Vabadussoja_Ajaloo_Komitee, lk 26
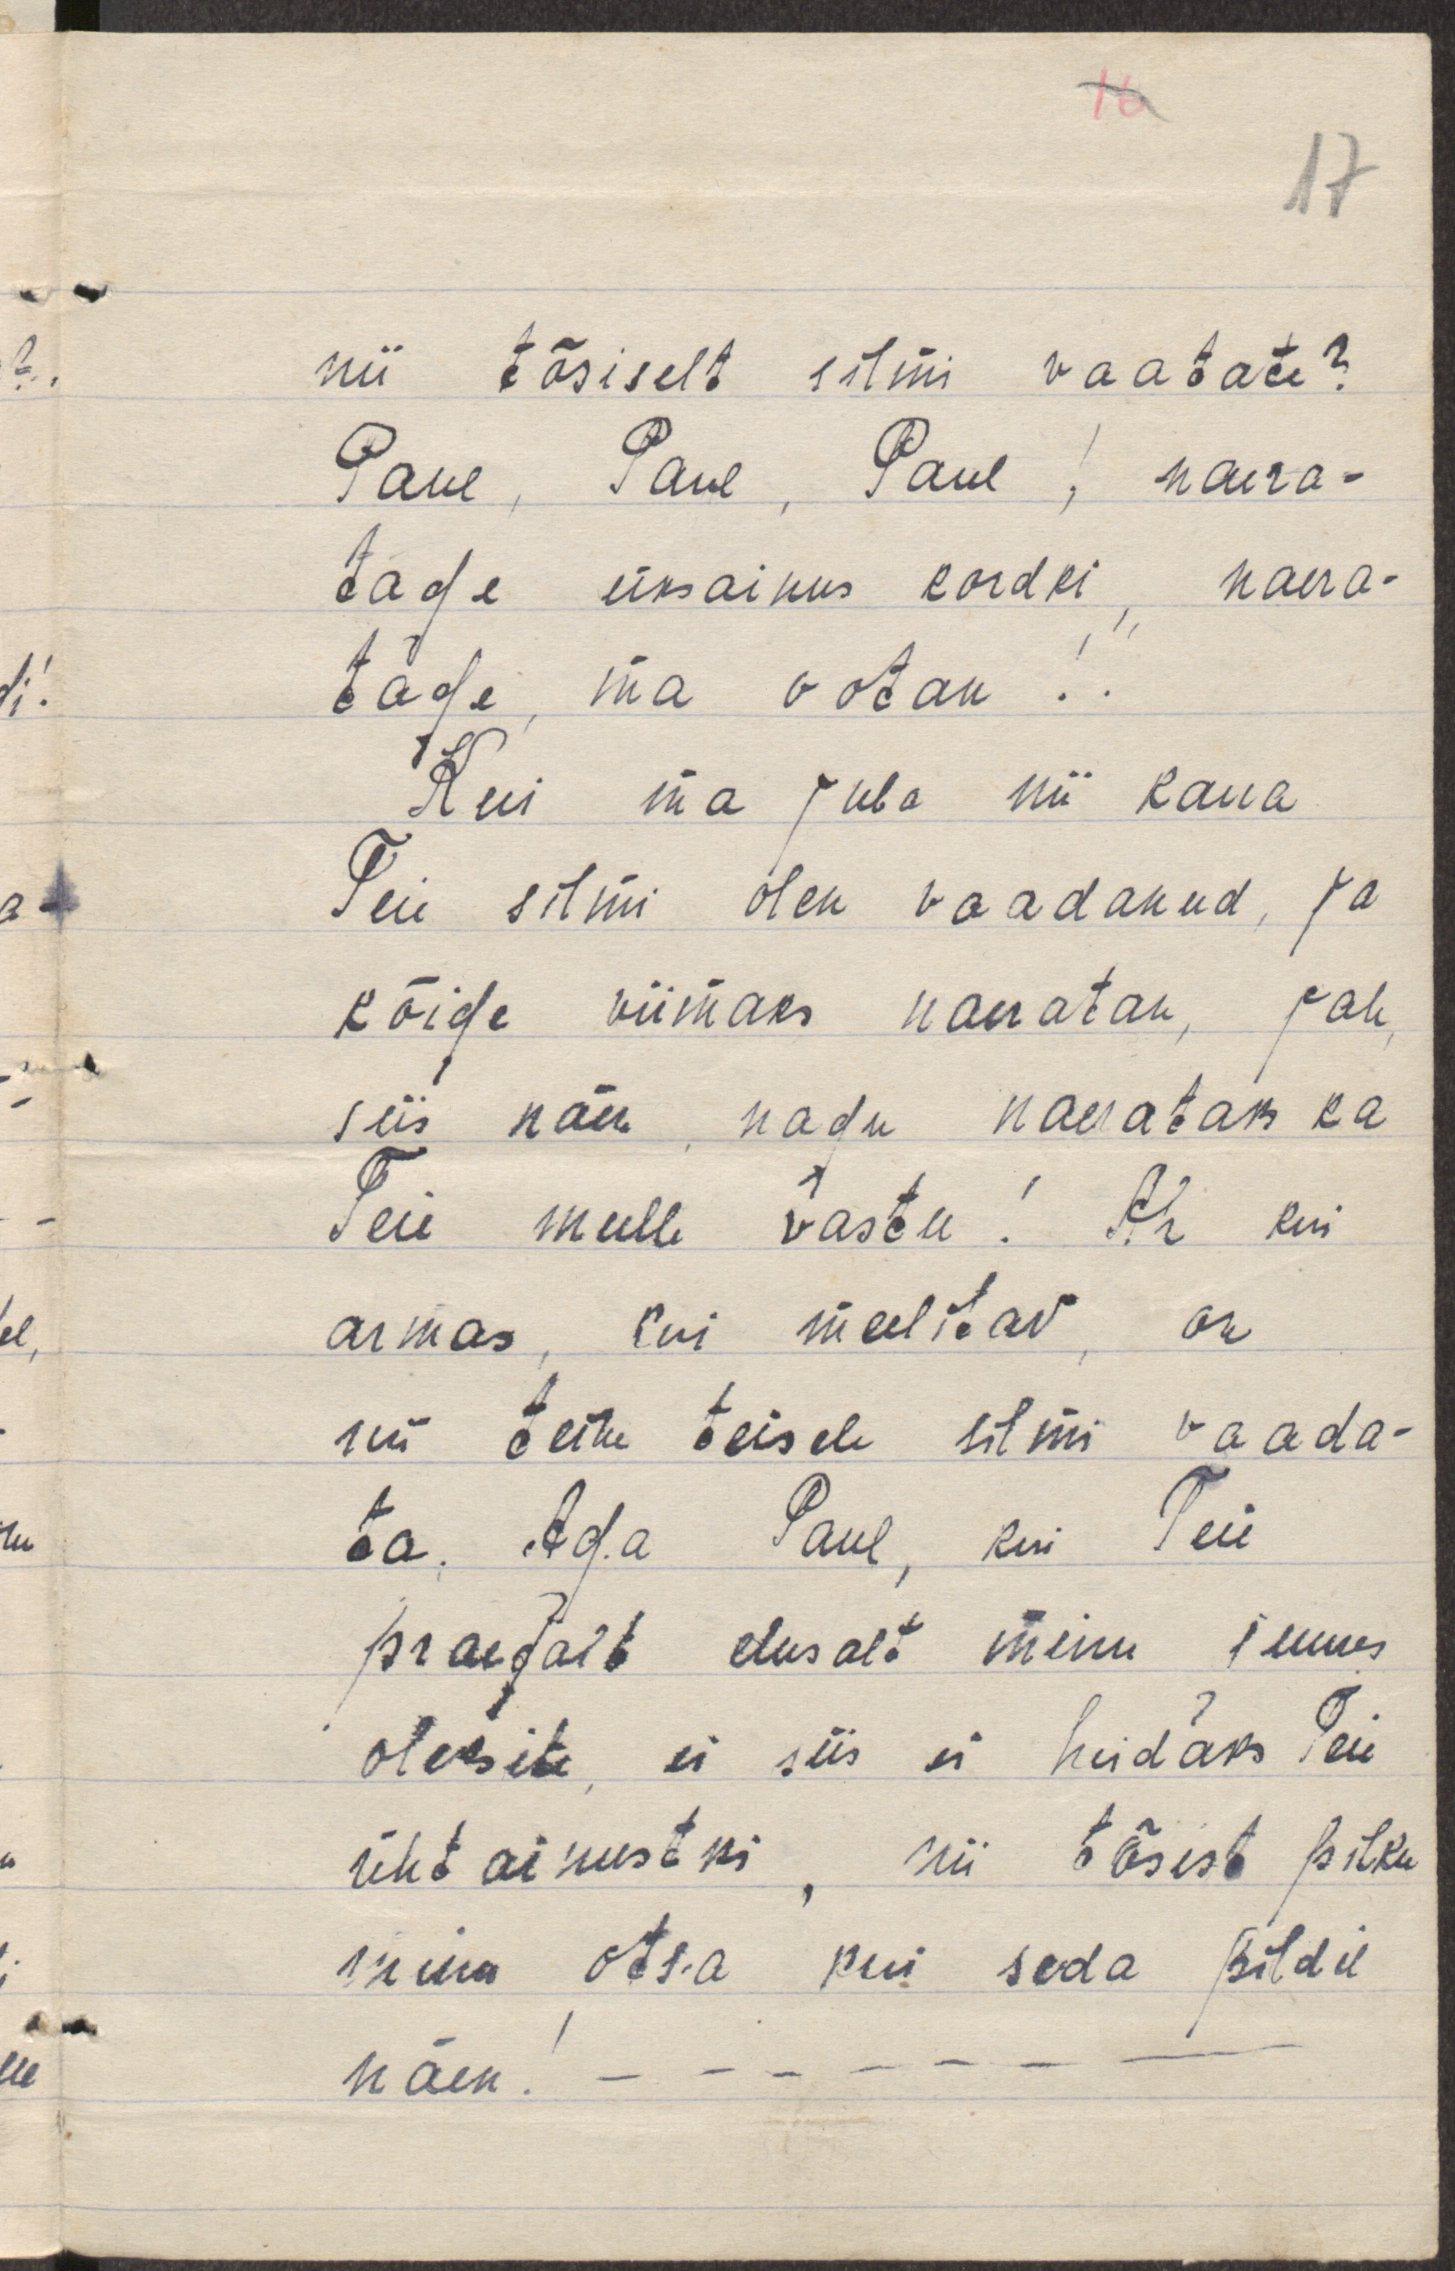
nii tõsiselt silmi vaatate?
Paul, Paul, Paul! naera-
tage üksainus kordki, naera-
tage, ma ootan!!
Kui ma juba nii kaua
Teie silmi olen vaadanud, ja
kõige viimaks naeratan, jah,
siis näen, nagu naerataks ka
Teie mulle vastu! Ah kui
armas, kui meelitav, on
nii teine teisele silmi vaada-
ta. Aga Paul, kui Teie
praegalt elusalt minu juures
oleksite, ei siis ei heidaks Teie
ühtainustki, nii tõsist pilku
minu otsa kui seda pildil
näen! - - - - - - -

17